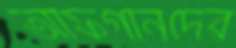
আফগানদের